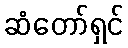
ဆံတော်ရှင်